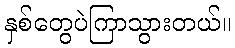
နှစ်တွေပဲကြာသွားတယ်။